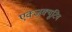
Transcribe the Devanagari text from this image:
एक्जक्यूटिव